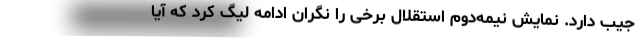
جیب دارد. نمایش نیمه‌دوم استقلال برخی را نگران ادامه لیگ کرد که آیا